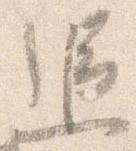
追